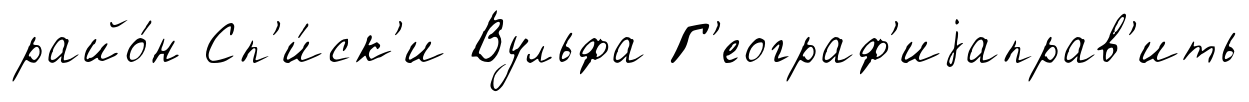
райо́н Сп'и́ск'и Вульфа Г'еограф'иjаправ'ить